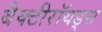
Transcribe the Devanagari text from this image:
बैक्टीरॉयड्स